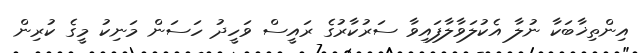
އިންތިޚާބަކާ ނުލާ އެކުލަވާލާފައިވާ ސަރުކާރުގެ ރައީސް ވަހީދު ހަސަން މަނިކު މީގެ ކުރިން